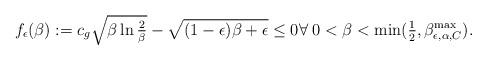
LaTeX: \begin{align*}f_\epsilon(\beta):=c_g \sqrt{\beta\ln \tfrac{2}{\beta}}-\sqrt{(1-\epsilon)\beta+\epsilon}\le 0 \forall\; 0<\beta<\min(\tfrac{1}{2}, \beta^{\max}_{\epsilon,\alpha,C}).\end{align*}